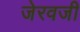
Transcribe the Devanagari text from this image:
जेरवजी